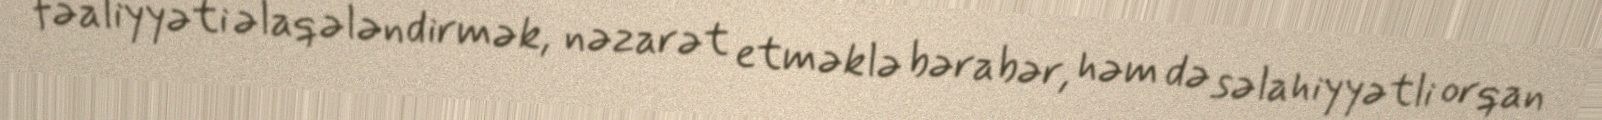
fəaliyyəti əlaqələndirmək, nəzarət etməklə bərabər, həm də səlahiyyətli orqan